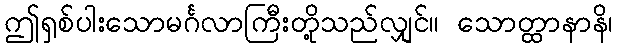
ဤရှစ်ပါးသောမင်္ဂလာကြီးတို့သည်လျှင်။ သောတ္ထာနာနိ၊